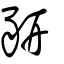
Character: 豜